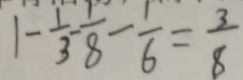
1 - \frac { 1 } { 3 } - \frac { 1 } { 8 } - \frac { 1 } { 6 } = \frac { 3 } { 8 }